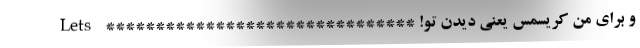
و برای من کریسمس یعنی دیدن تو! ******************************* Lets